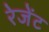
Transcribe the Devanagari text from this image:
रेजेंट